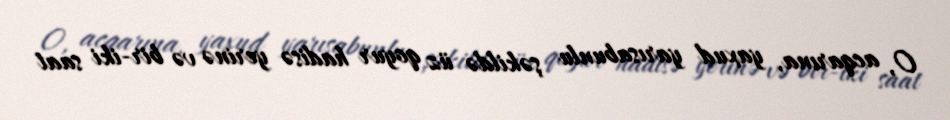
O, acqarına, yaxud yarısabunlu şəkildə üz qoyur hadisə yerinə və bir-iki saat